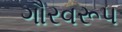
ગૌરવરૂપ